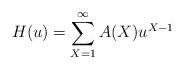
LaTeX: \begin{align*} H(u) = \sum_{X=1}^\infty A(X) u^{X-1} \end{align*}